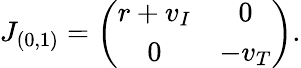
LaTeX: J_{(0,1)}=\left(\begin{array}{cc}{r+v_{I}}&{0}\\ {0}&{-v_{T}}\end{array}\right).